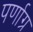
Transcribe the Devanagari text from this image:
पर्णाग्र